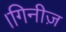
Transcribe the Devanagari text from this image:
।गिनीज़